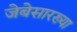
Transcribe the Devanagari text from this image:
जेबेसारख्या